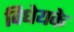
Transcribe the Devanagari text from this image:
विधेयके